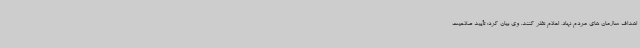
اهداف سازمان های مردم نهاد، اعلام نظر کنند. وی بیان کرد: تأیید صلاحیت